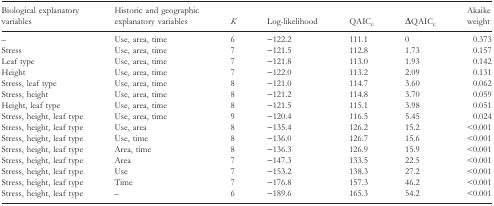
| Biological explanatory variables | Historic and geographic explanatory variables | K | Log-likelihood | QAICc | ΔQAICc | Akaike weight |
 | --- | --- | --- | --- | --- | --- | --- |
 | – | Use, area, time | 6 | −122.2 | 111.1 | 0 | 0.373 |
 | Stress | Use, area, time | 7 | −121.5 | 112.8 | 1.73 | 0.157 |
 | Leaf type | Use, area, time | 7 | −121.8 | 113.0 | 1.93 | 0.142 |
 | Height | Use, area, time | 7 | −122.0 | 113.2 | 2.09 | 0.131 |
 | Stress, leaf type | Use, area, time | 8 | −121.0 | 114.7 | 3.60 | 0.062 |
 | Stress, height | Use, area, time | 8 | −121.2 | 114.8 | 3.70 | 0.059 |
 | Height, leaf type | Use, area, time | 8 | −121.5 | 115.1 | 3.98 | 0.051 |
 | Stress, height, leaf type | Use, area, time | 9 | −120.4 | 116.5 | 5.45 | 0.024 |
 | Stress, height, leaf type | Use, area | 8 | −135.4 | 126.2 | 15.2 | <0.001 |
 | Stress, height, leaf type | Use, time | 8 | −136.0 | 126.7 | 15.6 | <0.001 |
 | Stress, height, leaf type | Area, time | 8 | −136.3 | 126.9 | 15.9 | <0.001 |
 | Stress, height, leaf type | Area | 7 | −147.3 | 133.5 | 22.5 | <0.001 |
 | Stress, height, leaf type | Use | 7 | −153.2 | 138.3 | 27.2 | <0.001 |
 | Stress, height, leaf type | Time | 7 | −176.8 | 157.3 | 46.2 | <0.001 |
 | Stress, height, leaf type | – | 6 | −189.6 | 165.3 | 54.2 | <0.001 |